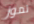
تموز